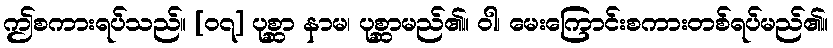
ဤစကားရပ်သည်။ [၀၇] ပုစ္ဆာ နာမ၊ ပုစ္ဆာမည်၏။ ဝါ၊ မေးကြောင်းစကားတစ်ရပ်မည်၏။